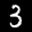
Label: 3